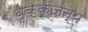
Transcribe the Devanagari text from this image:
वृक्कजन्य